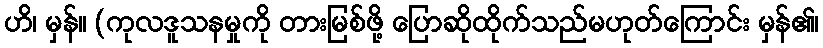
ဟိ၊ မှန်။ (ကုလဒူသနမှုကို တားမြစ်ဖို့ ပြောဆိုထိုက်သည်မဟုတ်ကြောင်း မှန်၏၊